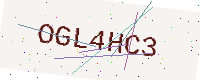
Text: OGL4HC3